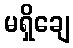
မရှိချေ